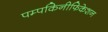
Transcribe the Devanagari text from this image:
पम्पकिनीफिकेशन